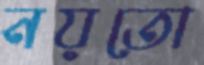
নয়তো